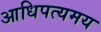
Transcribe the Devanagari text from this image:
आधिपत्यमय